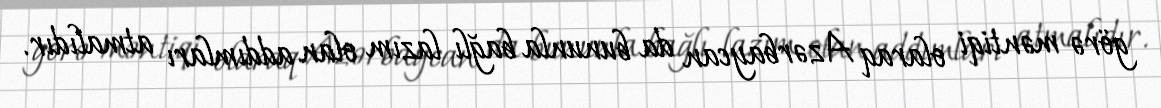
görə məntiqi olaraq Azərbaycan da bununla bağlı lazım olan addımları atmalıdır.